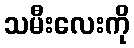
သမီးလေးကို